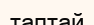
таптай